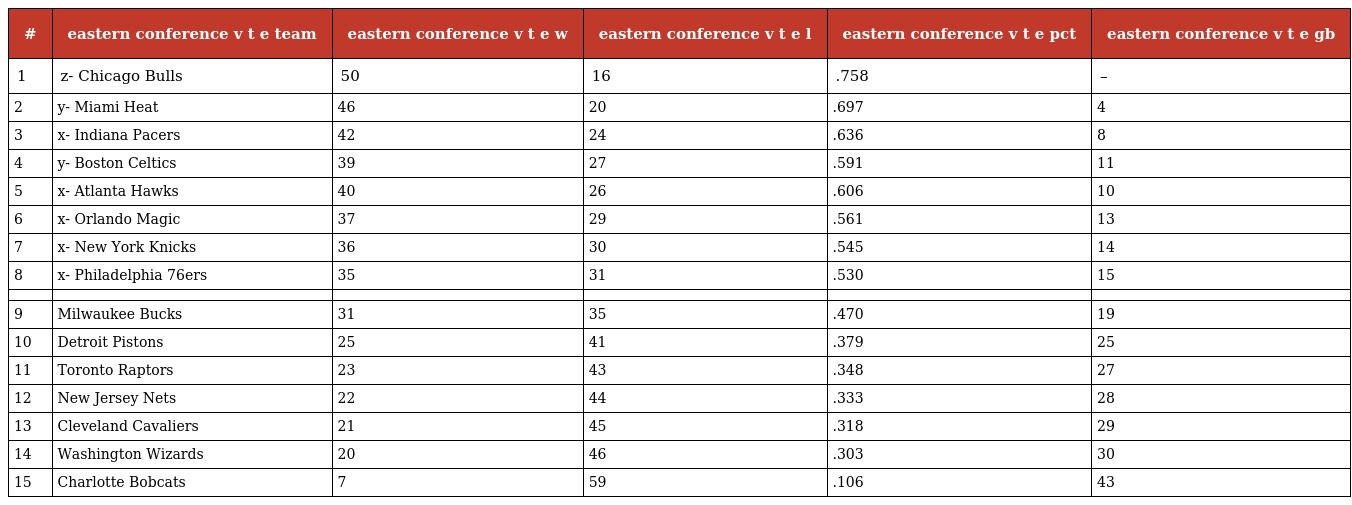
| # | eastern conference v t e team | eastern conference v t e w | eastern conference v t e l | eastern conference v t e pct | eastern conference v t e gb |
 | --- | --- | --- | --- | --- | --- |
 | 1 | z- Chicago Bulls | 50 | 16 | .758 | – |
 | 2 | y- Miami Heat | 46 | 20 | .697 | 4 |
 | 3 | x- Indiana Pacers | 42 | 24 | .636 | 8 |
 | 4 | y- Boston Celtics | 39 | 27 | .591 | 11 |
 | 5 | x- Atlanta Hawks | 40 | 26 | .606 | 10 |
 | 6 | x- Orlando Magic | 37 | 29 | .561 | 13 |
 | 7 | x- New York Knicks | 36 | 30 | .545 | 14 |
 | 8 | x- Philadelphia 76ers | 35 | 31 | .530 | 15 |
 |  |  |  |  |  |  |
 | 9 | Milwaukee Bucks | 31 | 35 | .470 | 19 |
 | 10 | Detroit Pistons | 25 | 41 | .379 | 25 |
 | 11 | Toronto Raptors | 23 | 43 | .348 | 27 |
 | 12 | New Jersey Nets | 22 | 44 | .333 | 28 |
 | 13 | Cleveland Cavaliers | 21 | 45 | .318 | 29 |
 | 14 | Washington Wizards | 20 | 46 | .303 | 30 |
 | 15 | Charlotte Bobcats | 7 | 59 | .106 | 43 |